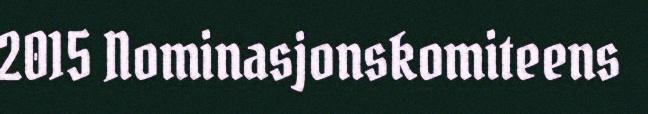
2015 Nominasjonskomiteens